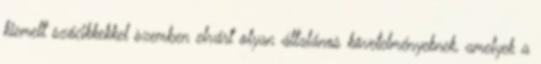
kiemelt szócikkekkel szemben elvárt olyan általános követelményeknek, amelyek a